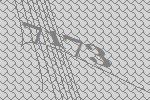
7173